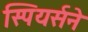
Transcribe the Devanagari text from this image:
स्पियर्सने